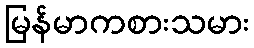
မြန်မာကစားသမား